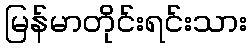
မြန်မာတိုင်းရင်းသား